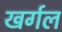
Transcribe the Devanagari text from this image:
खर्गल